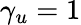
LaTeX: \gamma_{u}=1